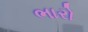
ભારો